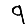
Digit: 9